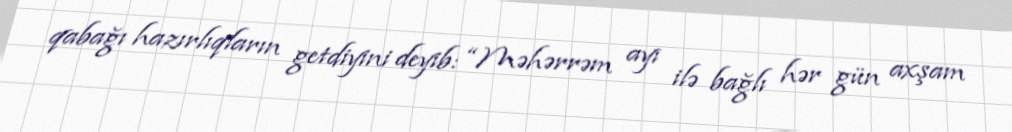
qabağı hazırlıqların getdiyini deyib: “Məhərrəm ayı ilə bağlı hər gün axşam